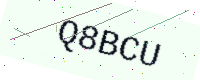
Text: Q8BCU